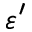
\varepsilon ^ { \prime }